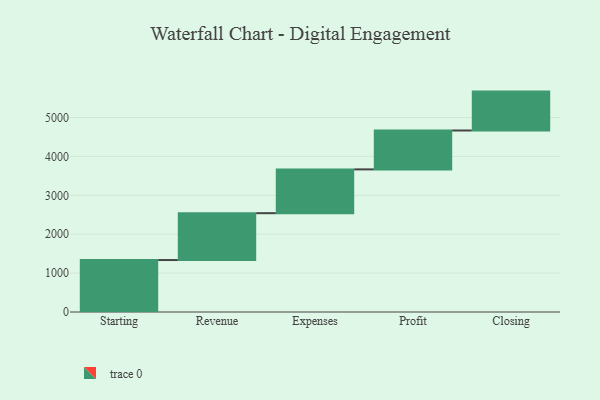
{"axis": {"x": "Step", "y": "Value"}, "legend": [""], "data": [{"x": "Starting", "y": 1336.0, "type": ""}, {"x": "Revenue", "y": 1205.0, "type": ""}, {"x": "Expenses", "y": 1126.0, "type": ""}, {"x": "Profit", "y": 1000, "type": ""}, {"x": "Closing", "y": 1000, "type": ""}]}